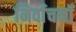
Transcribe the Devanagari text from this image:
निर्वाचनॉ